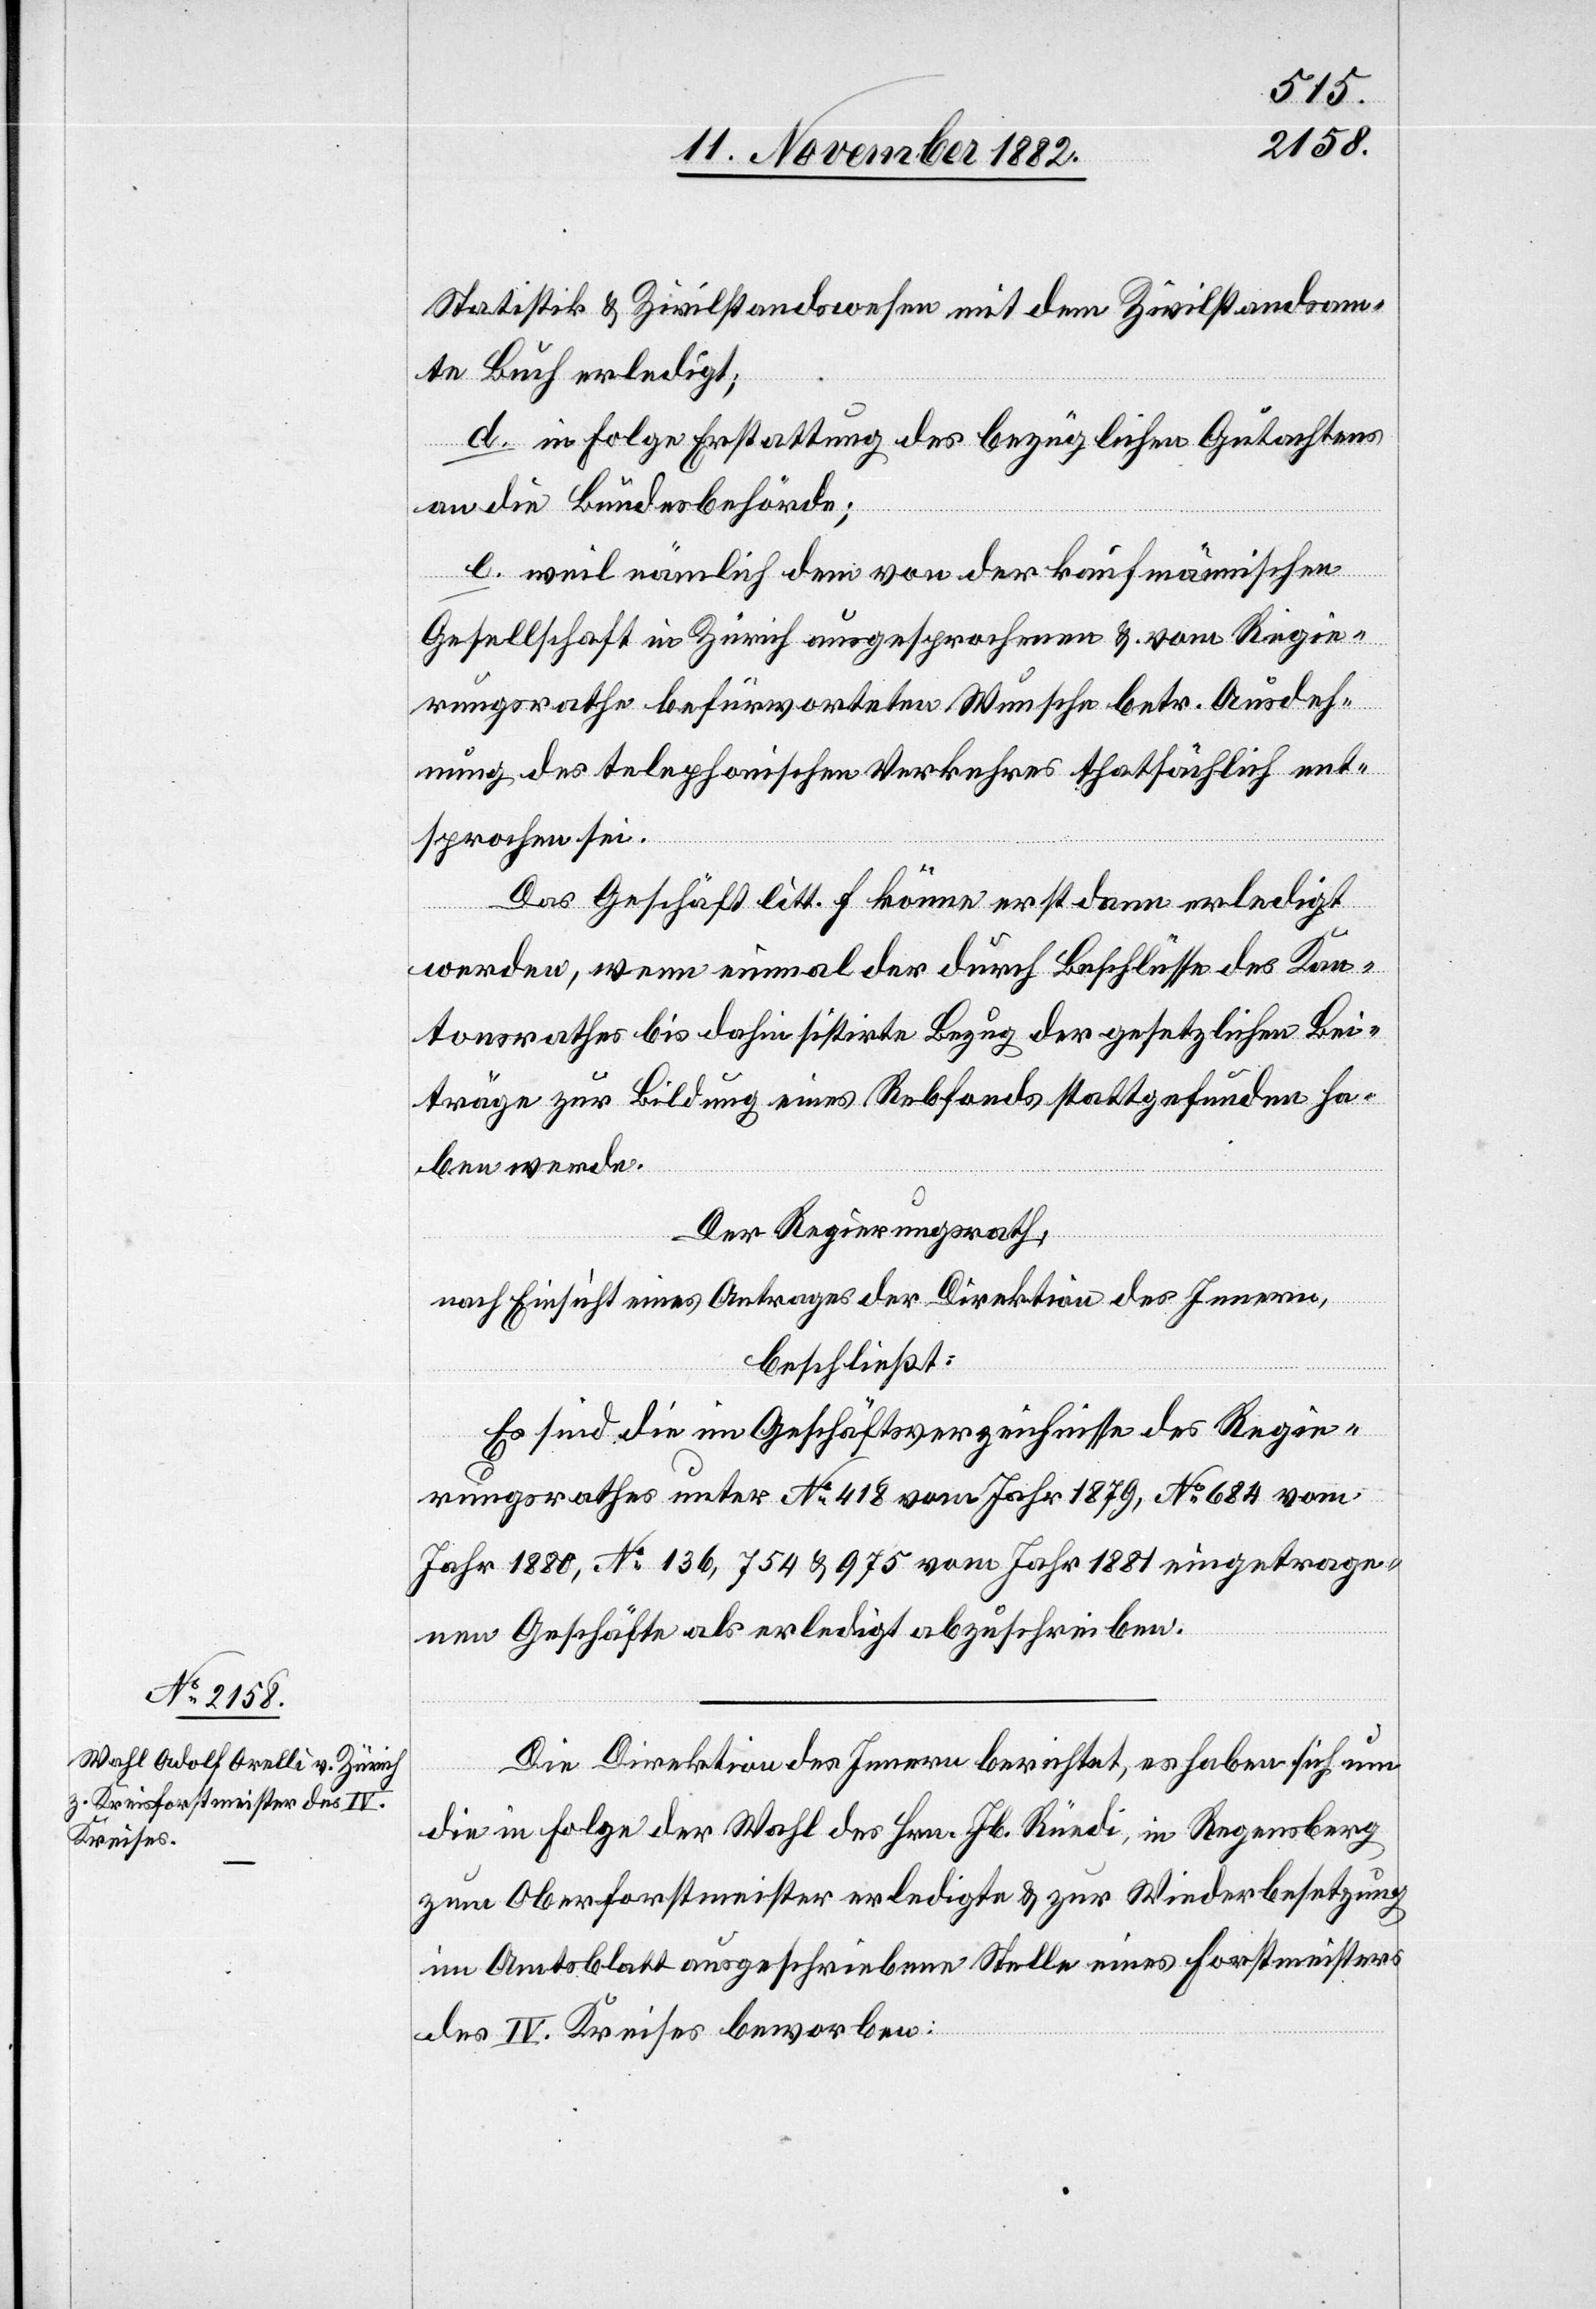
Statistik & Zivilstandswesen mit dem Zivilstandsam¬
te Buch erledigt;
d. in Folge Erstattung des bezüglichen Gutachtens
an die Bundesbehörde;
e. weil nämlich dem von der kaufmännischen
Gesellschaft in Zürich ausgesprochenen & vom Regie¬
rungsrathe befürworteten Wunsche betr. Ausdeh¬
nung des telephonischen Verkehres thatsächlich ent¬
sprochen sei.
Das Geschäft litt. f könne erst dann erledigt
werden, wenn einmal der durch Beschlüsse des Kan¬
tonsrathes bis dahin sistirte Bezug der gesetzlichen Bei¬
träge zur Bildung eines Rebfonds stattgefunden ha¬
ben werde.
Der Regierungsrath,
nach Einsicht eines Antrages der Direktion des Innern,
beschließt:
Es sind die im Geschäftsverzeichnisse des Regie¬
rungsrathes unter No 418 vom Jahr 1879, No 684 vom
Jahr 1880, No 136, 754 & 975 vom Jahr 1881 eingetrage¬
nen Geschäfte als erledigt abzuschreiben.
Die Direktion des Innern berichtet, es haben sich um
die in Folge der Wahl des Hrn. Jb. Rüedi, in Regensberg
zum Oberforstmeister erledigte & zur Wiederbesetzung
im Amtsblatt ausgeschriebene Stelle eines Forstmeisters
des IV. Kreises beworben: